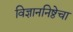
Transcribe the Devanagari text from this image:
विज्ञाननिष्ठेचा